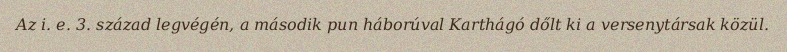
Az i. e. 3. század legvégén, a második pun háborúval Karthágó dőlt ki a versenytársak közül.